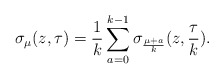
\begin{align*}\sigma_\mu (z,\tau) = \frac{1}{k} \sum_{a=0}^{k-1} \sigma_{\frac{\mu+a}{k}} (z,\frac{\tau}{k}) .\end{align*}